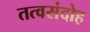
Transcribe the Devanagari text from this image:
तत्वसंदोह